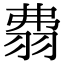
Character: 𦐡